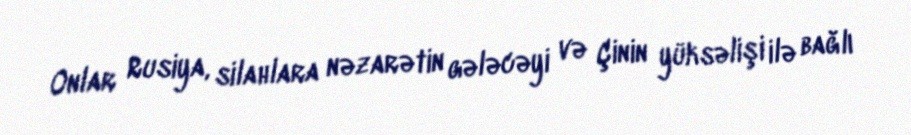
Onlar Rusiya, silahlara nəzarətin gələcəyi və Çinin yüksəlişi ilə bağlı